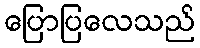
ပြောပြလေသည်